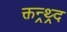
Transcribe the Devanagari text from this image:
क्तन्र्थ्र्द